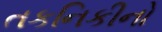
તકનિકીનો